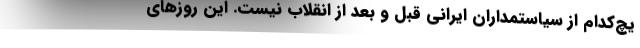
یچ‌کدام از سیاستمداران ایرانی قبل و بعد از انقلاب نیست. این روزهای